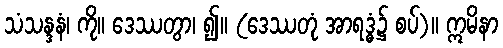
သံသန္ဒနံ၊ ကို။ ဒေဿတွာ၊ ၍။ (ဒေဿတုံ အာရဒ္ဓံ၌ စပ်)။ ဣမိနာ